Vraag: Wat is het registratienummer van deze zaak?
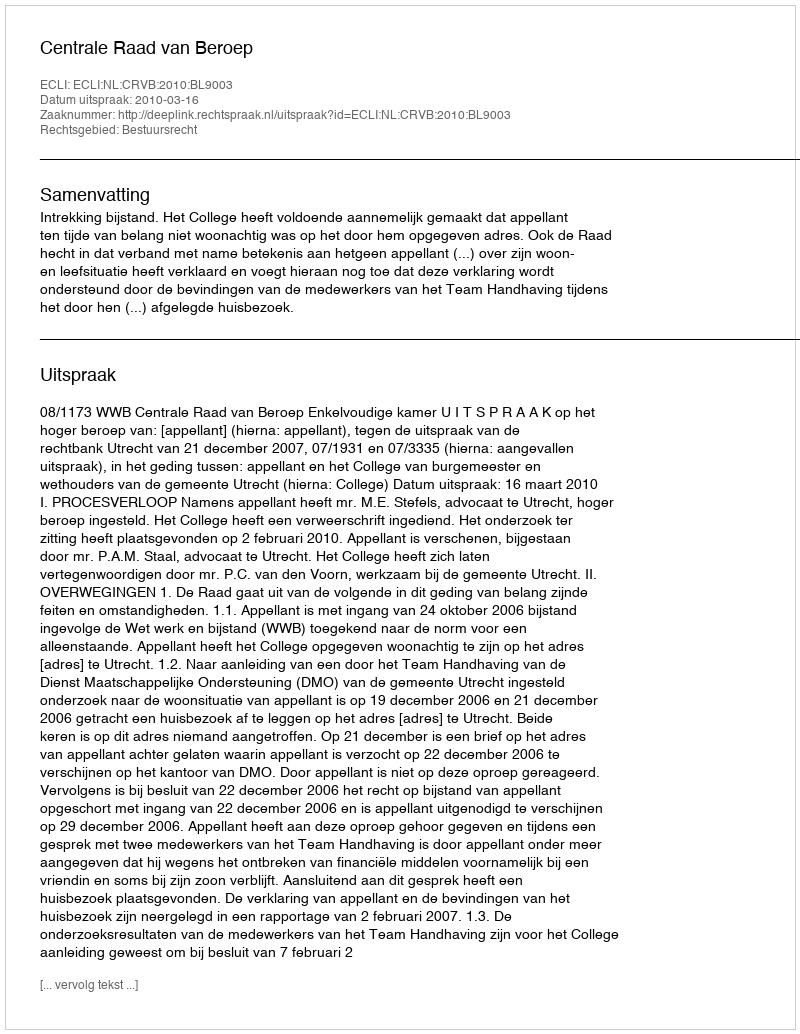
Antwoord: http://deeplink.rechtspraak.nl/uitspraak?id=ECLI:NL:CRVB:2010:BL9003